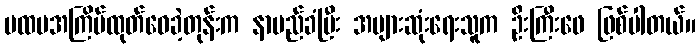
ပထမအကြိမ်ထုတ်ဝေခဲ့တုန်းက နာမည်ခံပြီး အများဆုံးရေးသူက ဦးကြီးဖေ ဖြစ်ပါတယ်။